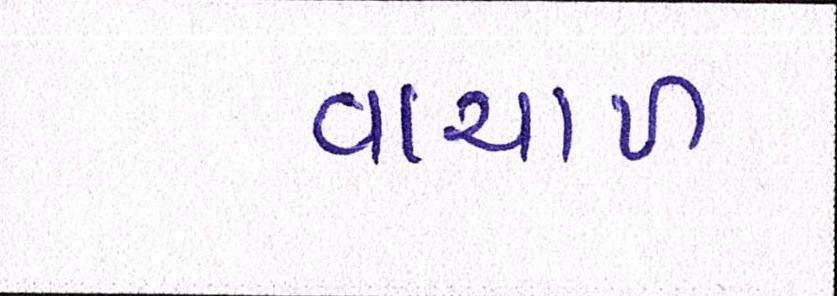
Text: વાચાળ